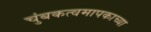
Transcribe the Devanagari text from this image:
चुंबकत्वमापकाच्या